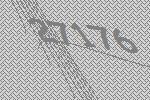
27176